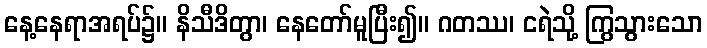
နေ့နေရာအရပ်၌။ နိသီဒိတွာ၊ နေတော်မူပြီး၍။ ဂတဿ၊ ငရဲသို့ ကြွသွားသော